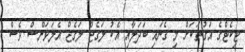
ޓިކެޓްގެ އަގުތަކަށް މި ގެނައި ބަދަލާއި އެކު ލަގެޖް ލަގެޖް އެލަވަންސް ވެސް